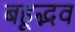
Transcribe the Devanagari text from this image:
बहूद्भव